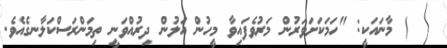
١٢) މާނައަކީ: "ހަމަކަށަވަރުން މަރުވެފައިވާ މީހުން އަލުން ދިރުއްވަނީ ތިމަންރަސްކަލާނގެއެވެ.